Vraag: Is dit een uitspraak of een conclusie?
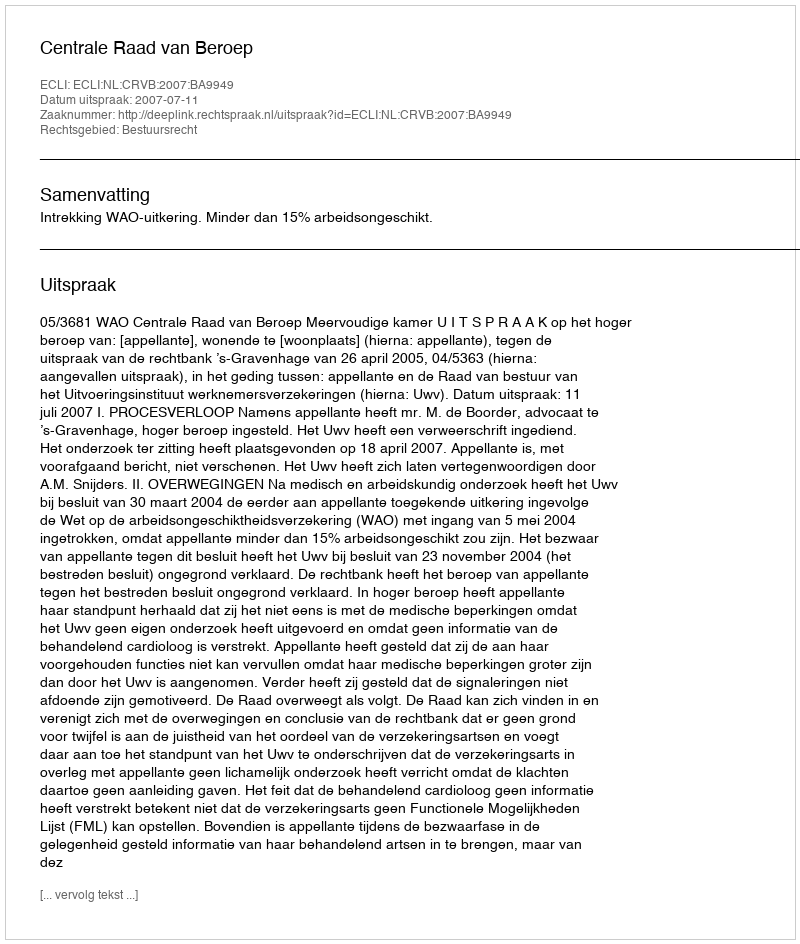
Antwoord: Uitspraak